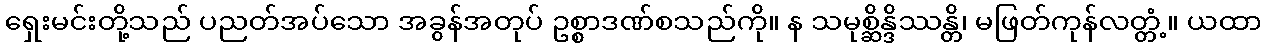
ရှေးမင်းတို့သည် ပညတ်အပ်သော အခွန်အတုပ် ဥစ္စာဒဏ်စသည်ကို။ န သမုစ္ဆိန္ဒိဿန္တိ၊ မဖြတ်ကုန်လတ္တံ့။ ယထာ